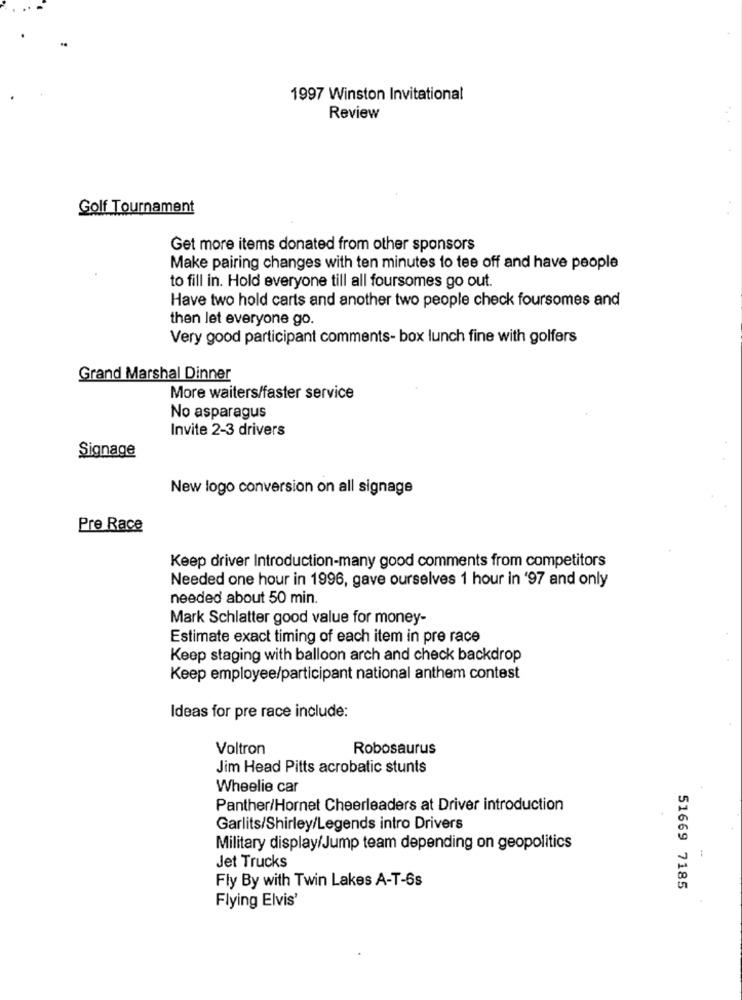
1997 Winston Invitational
Review
Golf Tournament
Get more items donated from other sponsors
Make pairing changes with ten minutes to tee off and have people
to fill in. Hold everyone till all foursomes go out.
Have two hold carts and another two people check foursomes and
then let everyone go.
Very good participant comments- box lunch fine with golfers
Grand Marshal Dinner
More waiters/faster service
No asparagus
Invite 2-3 drivers
Signage
New logo conversion on all signage
Pre Race
Keep driver Introduction-many good comments from competitors
Needed one hour in 1996, gave ourselves 1 hour in '97 and only
needed about 50 min.
Mark Schlatter good value for money-
Estimate exact timing of each item in pre race
Keep staging with balloon arch and check backdrop
Keep employee/participant national anthem contest
Ideas for pre race include:
Voltron
Robosaurus
Jim Head Pitts acrobatic stunts
Wheelie car
Panther/Hornet Cheerleaders at Driver introduction
Garlits/Shirley/Legends intro Drivers
Military display/Jump team depending on geopolitics
Jet Trucks
Fly By with Twin Lakes A-T-6s
51669 7185
Flying Elvis'